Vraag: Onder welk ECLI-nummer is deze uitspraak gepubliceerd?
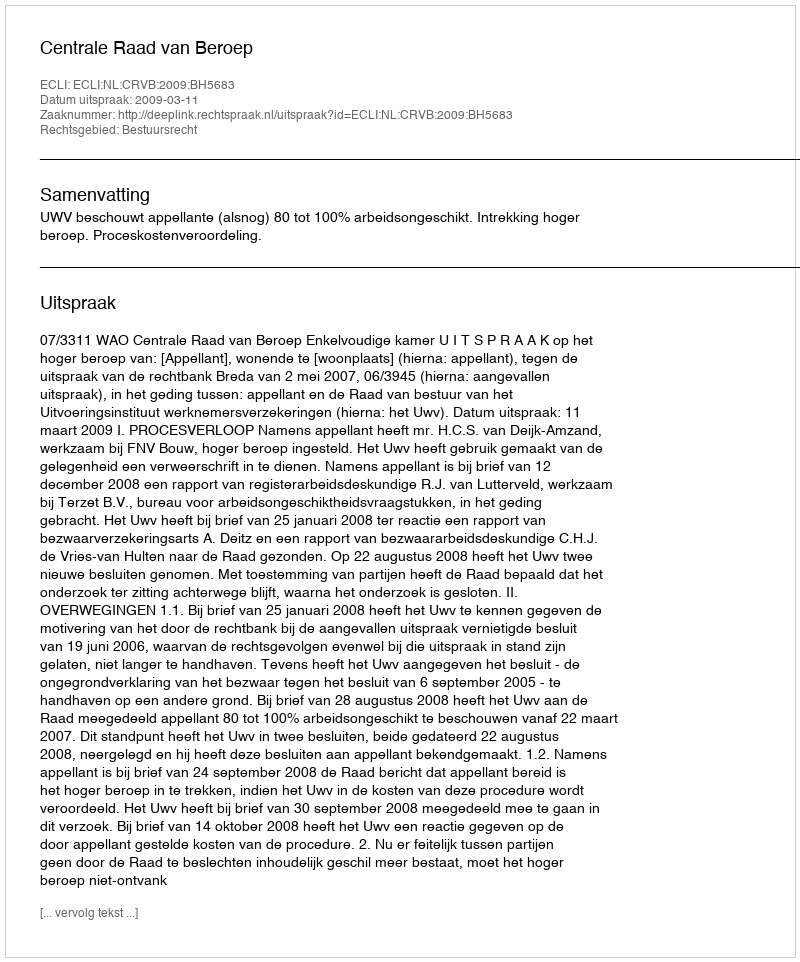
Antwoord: ECLI:NL:CRVB:2009:BH5683